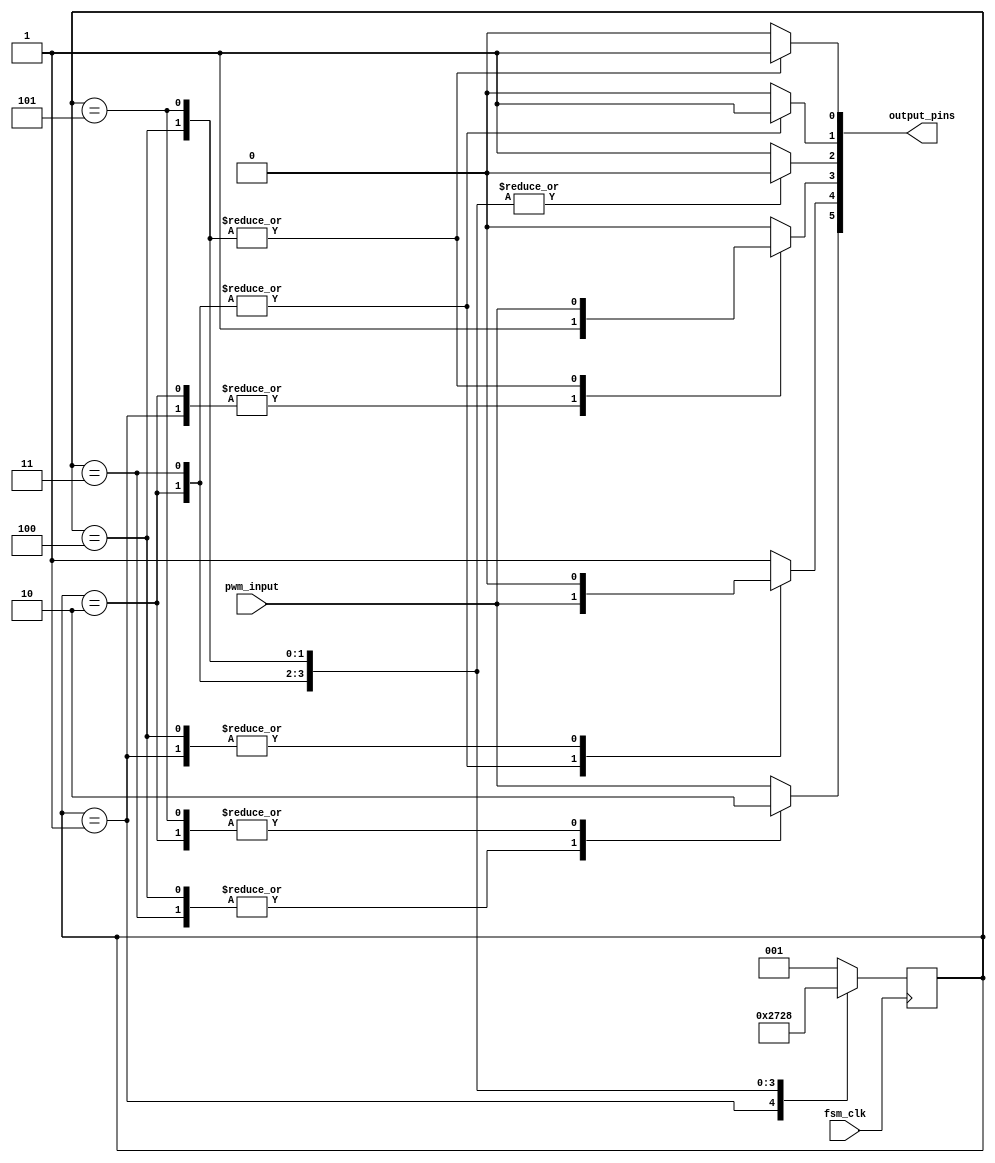
module bldc_FSM(
	output wire [5:0]output_pins,
	input fsm_clk, pwm_input
);


//STATES
	parameter AH_BL      = 3'b000; 
	parameter AH_CL      = 3'b001; 
	parameter BH_CL      = 3'b010; 
	parameter BH_AL      = 3'b011; 
	parameter CH_AL		= 3'b100;
	parameter CH_BL      = 3'b101;
	
//OUTPUTS
	//Since module is not TLE, we need our outputs to be wires
	reg pin_11 = 1'b0; 
	reg pin_10 = 1'b0; 
	reg pin_09 = 1'b0; 	
	reg pin_5  = 1'b0; 
	reg pin_4  = 1'b0;
	reg pin_3  = 1'b0; 	
		
		
//STATE VARIABLES		
	reg [2:0] currentState;
	reg [2:0] nextState;

//NET INSTANTIATIONS
	//Assign wire outputs to internal net regs
	//Only do this if you have you have combinational regs, yet output has to be wire
	assign output_pins[5]  = pin_11;
	assign output_pins[4]  = pin_10;
	assign output_pins[3]  = pin_09;
	assign output_pins[2]  = pin_5;
	assign output_pins[1]  = pin_4;
	assign output_pins[0]  = pin_3;
	
	
//STATE MEMORY BLOCK
	always @ (posedge(fsm_clk))
		begin: stateMemory
			currentState <= nextState;	
		end
	
//NEXT STATE LOGIC BLOCK
	always @(currentState)
		begin: nextStateLogic
			case(currentState)
				AH_BL:
					begin
						nextState = AH_CL;
					end
				AH_CL:
					begin 
						nextState = BH_CL;
					end
				BH_CL:
					begin
						nextState = BH_AL;
					end
				BH_AL:
					begin
						nextState = CH_AL;
					end
				CH_AL:
				   begin
						nextState = CH_BL;
					end
				CH_BL:
				   begin
						nextState = AH_BL;
					end
				default:
					begin
						nextState = AH_CL;
					end
			endcase
		end
		
//OUTPUT LOGIC
	always @(currentState)
		begin: outputLogic
			case(currentState)
				AH_BL:
					begin
						pin_11   = pwm_input;//PWM
						pin_10   = 1'b1;//HIGH
						pin_09   = 1'b0;
						pin_5    = 1'b1;//HIGH
						pin_4    = 1'b0;
						pin_3    = 1'b0;
					end
				AH_CL:
					begin 
						pin_11   = pwm_input;//PWM
						pin_10   = 1'b0;
						pin_09   = 1'b1;//HIGH
						pin_5    = 1'b1;//HIGH
						pin_4    = 1'b0;
						pin_3    = 1'b0;
					end
				BH_CL:
					begin
						pin_11   = 1'b0;
						pin_10   = pwm_input;//PWM
						pin_09   = 1'b1;//HIGH
						pin_5    = 1'b0;
						pin_4    = 1'b1;//HIGH
						pin_3    = 1'b0;
					end
				BH_AL:
					begin
						pin_11   = 1'b1;//HIGH
						pin_10   = pwm_input;//PWM
						pin_09   = 1'b0;
						pin_5    = 1'b0;
						pin_4    = 1'b1;//HIGH
						pin_3    = 1'b0;
					end
				CH_AL:
					begin
						pin_11   = 1'b1;//HIGH
						pin_10   = 1'b0;
						pin_09   = pwm_input;//PWM
						pin_5    = 1'b0;
						pin_4    = 1'b0;
						pin_3    = 1'b1;//HIGH
					end
				CH_BL:
					begin
						pin_11   = 1'b0;
						pin_10   = 1'b1;//HIGH
						pin_09   = pwm_input;//PWM
						pin_5    = 1'b0;
						pin_4    = 1'b0;
						pin_3    = 1'b1;//HIGH
					end
				default:
					begin
						pin_11   = pwm_input;//PWM
						pin_10   = 1'b1;//HIGH
						pin_09   = 1'b0;
						pin_5    = 1'b1;//HIGH
						pin_4    = 1'b0;
						pin_3    = 1'b0;
					end
			endcase
		end
endmodule